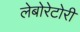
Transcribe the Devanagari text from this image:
लेबोरेटोरी